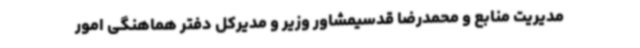
مدیریت منابع و محمدرضا قدسیمشاور وزیر و مدیرکل دفتر هماهنگی امور